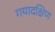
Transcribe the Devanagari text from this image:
गयादक्षिण